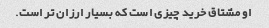
او مشتاق خرید چیزی است که بسیار ارزان تر است.